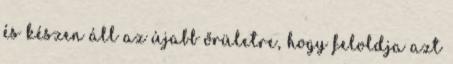
és készen áll az újabb őrületre, hogy feloldja azt